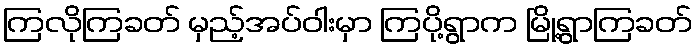
ကြလိုကြခတ် မှည့်အပ်ဝါးမှာ ကြပို့ရွာက မြို့ရွာကြခတ်